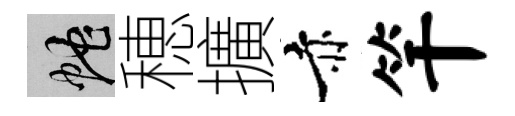
蛇穂擴赤竿